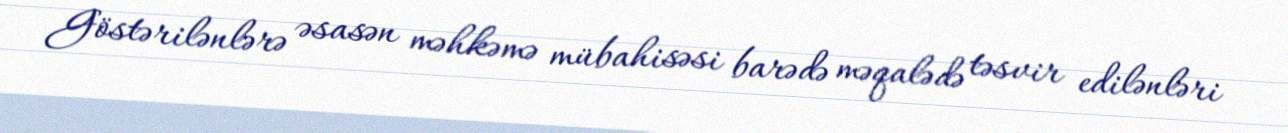
Göstərilənlərə əsasən məhkəmə mübahisəsi barədə məqalədə təsvir edilənləri